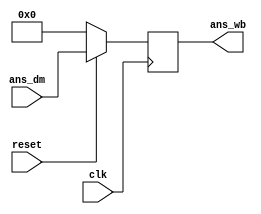
`timescale 1ns / 1ps
//////////////////////////////////////////////////////////////////////////////////
// Company: 
// Engineer: 
// 
// Design Name: 
// Module Name:    write_back_block 
// Project Name: 
// Target Devices: 
// Tool versions: 
// Description: 
//
// Dependencies: 
//
// Revision: 
// Revision 0.01 - File Created
// Additional Comments: 
//
//////////////////////////////////////////////////////////////////////////////////
module write_back_block(ans_wb, ans_dm, clk, reset);
input [15:0] ans_dm;
input clk, reset;
output reg [15:0] ans_wb;

//ans_wb gets the value of ans_dm, if not reset
always@(posedge clk)
begin
	if(reset) //Clock synchronous and negative level triggered
		ans_wb <= ans_dm;
	else
		ans_wb <= 0;
end


endmodule